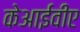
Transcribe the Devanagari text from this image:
केआईवीए